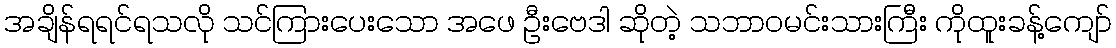
အချိန်ရရင်ရသလို သင်ကြားပေးသော အဖေ ဦးဗေဒါ ဆိုတဲ့ သဘာဝမင်းသားကြီး ကိုထူးခန့်ကျော်